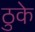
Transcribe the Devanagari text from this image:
ठुके